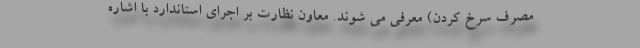
مصرف سرخ کردن) معرفی می شوند. معاون نظارت بر اجرای استاندارد با اشاره